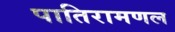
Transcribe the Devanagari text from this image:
पातिरामणल